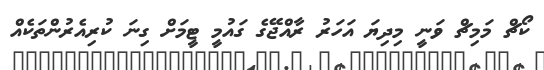
ކޯޗް މަމިޗް ވަނީ މިދިޔަ އަހަރު ރާއްޖޭގެ ގައުމީ ޓީމަށް ގިނަ ކުރިއެރުންތަކެއް